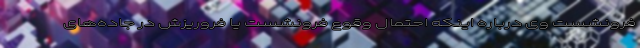
فرونشست وی درباره اینکه احتمال وقوع فرونشست یا فروریزش در جاده‌های